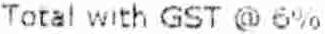
TOTAL WITH GST @ 6%